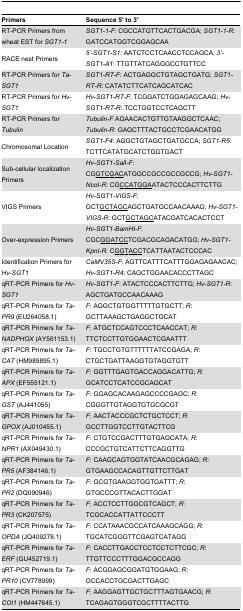
<table><thead><tr><td><b>Primers</b></td><td><b>Sequence 5&#x27; to 3&#x27;</b></td></tr></thead><tbody><tr><td>RT-PCR Primers from wheat EST for <i>SGT1-1</i></td><td><i>SGT1-1-F</i>: CGCCATGTTCACTGACGA; <i>SGT1-1-R</i>: GATCCATGGTCGGAGCAA</td></tr><tr><td>RACE nest Primers</td><td><i>5’-SGT1-S1</i>: AATCTCCTCAACCTCCAGCA; <i>3’-SGT1-A1</i>: TTGTTATCAGGGCCTGTTCC</td></tr><tr><td>RT-PCR Primers for <i>Ta-SGT1</i></td><td><i>SGT1-RT-F</i>: ACTGAGGCTGTAGCTGATG; <i>SGT1-RT-R</i>: CATATCTTCATCAGCATCAC</td></tr><tr><td>RT-PCR Primers for <i>Hv-SGT1</i></td><td><i>Hv-SGT1-RT-F</i>: TCGGATCTGGAGAGCAAG; <i>Hv-SGT1-RT-R</i>: TCCTGGTCCTCAGCTT</td></tr><tr><td>RT-PCR Primers for <i>Tubulin</i></td><td><i>Tubulin-F</i>AGAACACTGTTGTAAGGCTCAAC; <i>Tubulin-R</i>: GAGCTTTACTGCCTCGAACATGG</td></tr><tr><td>Chromosomal Location</td><td><i>SGT1-F4</i>: AGGCTGTAGCTGATGCCA; <i>SGT1-R5</i>: TCTTCATATGCATCTGGTGACT</td></tr><tr><td>Sub-cellular localization Primers</td><td><i>Hv-SGT1-SalI-F</i>: CG<underline>G</underline><underline>T</underline><underline>C</underline><underline>G</underline><underline>A</underline><underline>C</underline>ATGGCCGCCGCCGCCG; <i>Hv-SGT1-NcoI-R</i>: CG<underline>C</underline><underline>C</underline><underline>A</underline><underline>T</underline><underline>G</underline><underline>G</underline><underline>A</underline>ATACTCCCACTTCTTG</td></tr><tr><td>VIGS Primers</td><td><i>Hv-SGT1-VIGS-F</i>: GCT<underline>G</underline><underline>C</underline><underline>T</underline><underline>A</underline><underline>G</underline><underline>C</underline>AGCTGATGCCAACAAAG; <i>Hv-SGT1-VIGS-R</i>: GCT<underline>G</underline><underline>C</underline><underline>T</underline><underline>A</underline><underline>G</underline><underline>C</underline>ATACGATCACACTCCT</td></tr><tr><td>Over-expression Primers</td><td><i>Hv-SGT1-BamHI-F</i>: CGC<underline>G</underline><underline>G</underline><underline>A</underline><underline>T</underline><underline>C</underline><underline>C</underline>TCGACGCAGACATGG; <i>Hv-SGT1-KpnI-R</i>: C<underline>G</underline><underline>G</underline><underline>T</underline><underline>A</underline><underline>C</underline><underline>C</underline>TCATTAATACTCCCAC</td></tr><tr><td>Identification Primers for <i>Hv-SGT1</i></td><td><i>CaMV35S-F</i>: AGTTCATTTCATTTGGAGAGAACAC; <i>Hv-SGT1-R4</i>: CAGCTGGAACACCCTTAGC</td></tr><tr><td>qRT-PCR Primers for <i>Hv-SGT1</i></td><td><i>Hv-SGT1-F</i>: ATACTCCCACTTCTTG; <i>Hv-SGT1-R</i>: AGCTGATGCCAACAAAG</td></tr><tr><td>qRT-PCR Primers for <i>Ta-PR9</i> (EU264058.1)</td><td><i>F</i>: AGGCTGTGGTTTTTGTGCTT; <i>R</i>: GCTTAAAGCTGAGGCTGCAT</td></tr><tr><td>qRT-PCR Primers for <i>Ta-NADPHOX</i> (AY561153.1)</td><td><i>F</i>: ATGCTCCAGTCCCTCAACCAT; <i>R</i>: TTCTCCTTGTGGAACTCGAATTT</td></tr><tr><td>qRT-PCR Primers for <i>Ta-CAT</i> (HM989895.1)</td><td><i>F</i>: TGCCTGTGTTTTTTATCCGAGA; <i>R</i>: CTGCTGATTAAGGTGTAGGTGTT</td></tr><tr><td>qRT-PCR Primers for <i>Ta-APX</i> (EF555121.1)</td><td><i>F</i>: GGTTTGAGTGACCAGGACATTG; <i>R</i>: GCATCCTCATCCGCAGCAT</td></tr><tr><td>qRT-PCR Primers for <i>Ta-GST</i> (AJ441055)</td><td><i>F</i>: GGAGCACAAGAGCCCCGAGC; <i>R</i>: CGGGTTGTAGGTGTGCGCGT</td></tr><tr><td>qRT-PCR Primers for <i>Ta-GPOX</i> (AJ010455.1)</td><td><i>F</i>: AACTACCCGCTCTGCTCCT; <i>R</i>: GCCTTGGTCCTTGTACTTCG</td></tr><tr><td>qRT-PCR Primers for <i>Ta-NPR1</i> (AX049430.1)</td><td><i>F</i>: CTGTCCGACTTTGTGAGCATA; <i>R</i>: CCCGCTGTCATTCTTCAGGTTG</td></tr><tr><td>qRT-PCR Primers for <i>Ta-PR5</i> (AF384146.1)</td><td><i>F</i>: CAAGCAGTGGTATCAACGCAGAG; <i>R</i>: GTGAAGCCACAGTTGTTCTTGAT</td></tr><tr><td>qRT-PCR Primers for <i>Ta-PR2</i> (DQ090946)</td><td><i>F</i>: GCGTGAAGGTGGTGATTT; <i>R</i>: GTGCCCGTTACACTTGGAT</td></tr><tr><td>qRT-PCR Primers for <i>Ta-PR3</i> (CK207575)</td><td><i>F</i>: ACCTCCTTGGCGTCAGCT; <i>R</i>: TCGCACCATTATTCCCTT</td></tr><tr><td>qRT-PCR Primers for <i>Ta-OPDA</i> (JQ409278.1)</td><td><i>F</i>: CCATAAACGCCATCAAAGCAGG; <i>R</i>: TGCATCGGGTTCGAGTCATAGG</td></tr><tr><td>qRT-PCR Primers for <i>Ta-ERF</i> (GU452719.1)</td><td><i>F</i>: CACCTTGACCTCCTCCTCTTCGC; <i>R</i>: TTGTTCCCTTTGGACGCCAGG</td></tr><tr><td>qRT-PCR Primers for <i>Ta-PR10</i> (CV778999)</td><td><i>F</i>: ACGGAGCGGATGTGGAAG; <i>R</i>: GCCACCTGCGACTTGAGC</td></tr><tr><td>qRT-PCR Primers for <i>Ta-COI1</i> (HM447645.1)</td><td><i>F</i>: AAGGAGTTGCTGCTTTAGTGAACG; <i>R</i>: TCAGAGTGGGTCGCTTTTACTTG</td></tr></tbody></table>